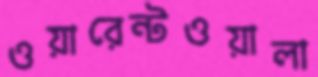
ওয়ারেন্টওয়ালা